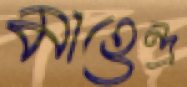
মাহেন্দ্র